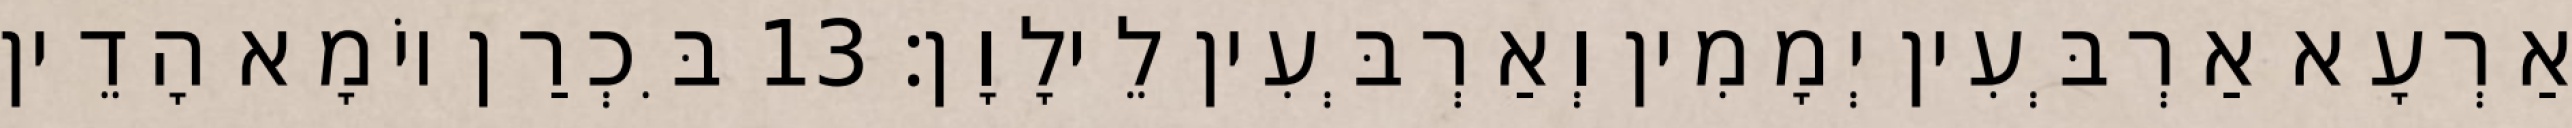
אַרְעָא אַרְבְּעִין יְמָמִין וְאַרְבְּעִין לֵילָוָן׃ 13 בִּכְרַן יוֹמָא הָדֵין